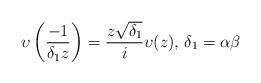
LaTeX: \begin{align*}\upsilon\left(\frac{-1}{\delta_1 z}\right)=\frac{z\sqrt{\delta_1}}{i}\upsilon(z)\textrm{, }\delta_1=\alpha \beta\end{align*}